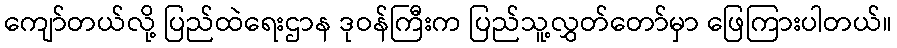
ကျော်တယ်လို့ ပြည်ထဲရေးဌာန ဒုဝန်ကြီးက ပြည်သူ့လွှတ်တော်မှာ ဖြေကြားပါတယ်။